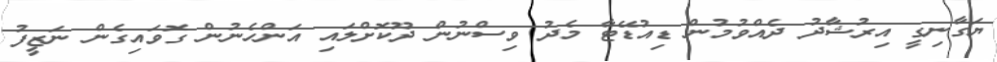
ޔަގާނިގީ އިރުޝާދު ދެއްވުމުން ޑިއުޑޭޓާ މެދު ވިސްނުން ދޫކޮށްލައި އަންހެނުން ގޮވައިގެން ނަޒީފު